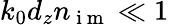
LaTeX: k_{0}d_{z}n_{\mathrm{~i~m~}}\ll 1